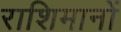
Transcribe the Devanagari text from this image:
राशिमानों